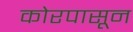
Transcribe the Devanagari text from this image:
कोरपासून